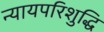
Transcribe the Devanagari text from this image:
न्यायपरिशुद्धि